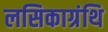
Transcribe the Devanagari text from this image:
लसिकाग्रंथि